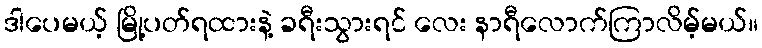
ဒါပေမယ့် မြို့ပတ်ရထားနဲ့ ခရီးသွားရင် လေး နာရီလောက်ကြာလိမ့်မယ်။